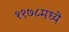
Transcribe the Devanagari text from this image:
११७८मध्ये